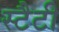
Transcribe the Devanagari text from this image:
स्टैटी